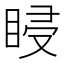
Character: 𥆷